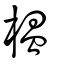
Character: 榲